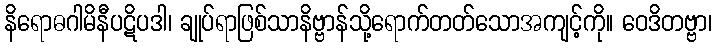
နိရောဓဂါမိနီပဋိပဒါ၊ ချုပ်ရာဖြစ်သာနိဗ္ဗာန်သို့ရောက်တတ်သောအကျင့်ကို။ ဝေဒိတဗ္ဗာ၊